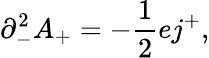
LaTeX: {\partial}_{-}^{2}A_{+}=-\frac{1}{2}ej^{+},